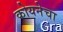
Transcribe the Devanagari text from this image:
कोयनेचा